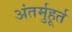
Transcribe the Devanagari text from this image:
अंतर्मुहूर्त